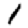
Digit: 1